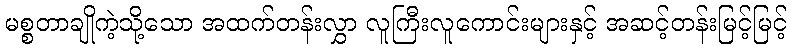
မစ္စတာချိုကဲ့သို့သော အထက်တန်းလွှာ လူကြီးလူကောင်းများနှင့် အဆင့်တန်းမြင့်မြင့်